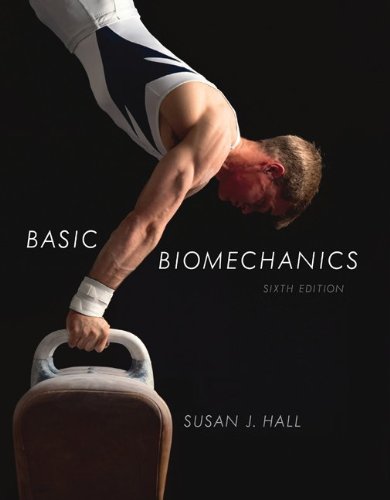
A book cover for Basic Biomechanics; Susan Hall; Science & Math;